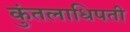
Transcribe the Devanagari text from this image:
कुंतलाधिपती